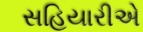
સહિયારીએ